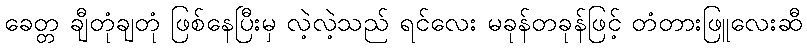
ခေတ္တ ချီတုံချတုံ ဖြစ်နေပြီးမှ လဲ့လဲ့သည် ရင်လေး မခုန်တခုန်ဖြင့် တံတားဖြူလေးဆီ